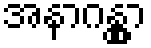
အနာဂန္တွာ